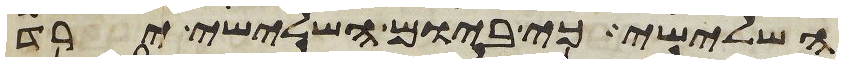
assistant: השלישי כי ביום השלישי ירד